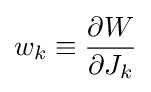
w_{k}\equiv {\frac {\partial W}{\partial J_{k}}}